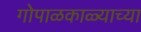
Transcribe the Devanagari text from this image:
गोपाळकाळ्याच्या